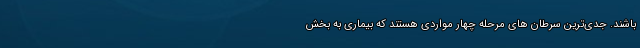
باشند. جدی‌ترین سرطان های مرحله چهار مواردی هستند که بیماری به بخش